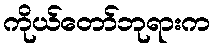
ကိုယ်တော်ဘုရားက